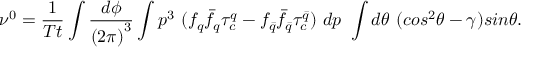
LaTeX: \nu ^ { 0 } = \frac { 1 } { T t } \int \frac { d \phi } { { ( 2 \pi ) } ^ { 3 } } \int p ^ { 3 } ~ ( f _ { q } { \bar { f } _ { q } } \tau _ { c } ^ { q } - f _ { \bar { q } } { \bar { f } _ { \bar { q } } } \tau _ { c } ^ { \bar { q } } ) ~ d p ~ \int d \theta ~ ( c o s ^ { 2 } \theta - \gamma ) s i n \theta .